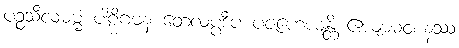
ပဉ္စသီလဓမ္မံ ပါဠိဂမနံ တေလပ္ပဒီပံ ပဇဟေယျန္တိ ဧယျာမဝစနဿ